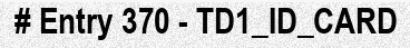
# Entry 370 - TD1_ID_CARD